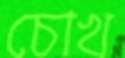
চোখ